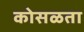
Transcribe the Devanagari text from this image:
कोसळता